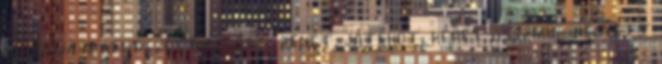
példája a rendezés mozgást, zenét, játékot, képet összmű- helyett